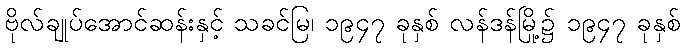
ဗိုလ်ချုပ်အောင်ဆန်းနှင့် သခင်မြ၊ ၁၉၄၇ ခုနှစ် လန်ဒန်မြို့၌ ၁၉၄၇ ခုနှစ်